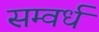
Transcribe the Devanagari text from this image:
सम्वर्ध